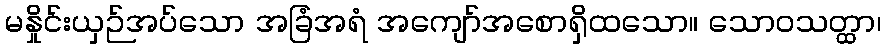
မနှိုင်းယှဉ်အပ်သော အခြံအရံ အကျော်အစောရှိထသော။ သောဝသတ္ထာ၊